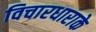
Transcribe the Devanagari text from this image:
विचारधाराके